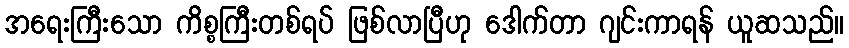
အရေးကြီးသော ကိစ္စကြီးတစ်ရပ် ဖြစ်လာပြီဟု ဒေါက်တာ ဂျင်းကာရန် ယူဆသည်။